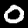
Label: 0